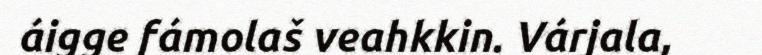
áigge fámolaš veahkkin. Várjala,